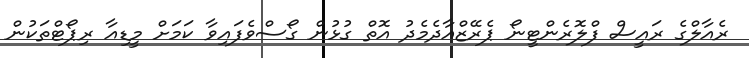
ރެއާލްގެ ރައީސް ފްލޮރެންޓީނޯ ޕެރޭޒްއާދެމެދު އޮތް ގުޅުން ގޯސްވެފައިވާ ކަމަށް މީޑިއާ ރިޕޯޓްތަކުން